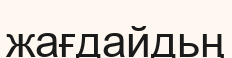
жағдайдьң